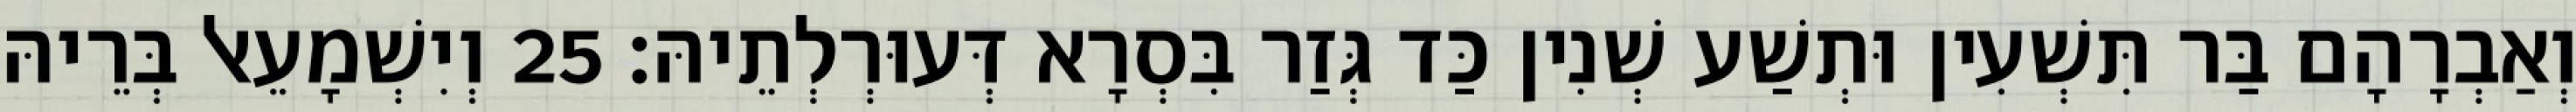
וְאַבְרָהָם בַּר תִּשְׁעִין וּתְשַׁע שְׁנִין כַּד גְּזַר בִּסְרָא דְּעוּרְלְתֵיהּ׃ 25 וְיִשְׁמָעֵאל בְּרֵיהּ